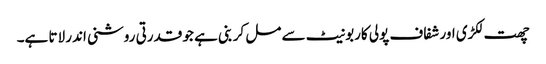
چھت لکڑی اور شفاف پولی کاربونیٹ سے مل کر بنی ہے جو قدرتی روشنی اندر لاتا ہے۔